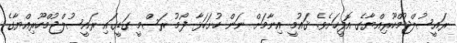
ރައީސުލްޖުމްހޫރިއްޔާގެ އޮފީހަށެވެ. ޤައުމީ އިނާމަށް ނަން ހުށަހަޅާ ފޯމު ރަސްމީ ގަޑީގައި ރައީސުލްޖުމްހޫރިއްޔާގެ